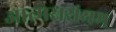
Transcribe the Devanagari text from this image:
आत्मससंयम